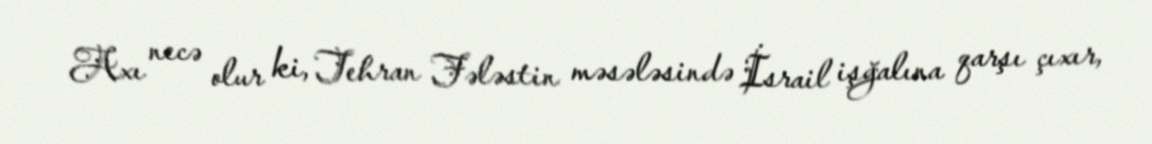
Axı necə olur ki, Tehran Fələstin məsələsində İsrail işğalına qarşı çıxır,